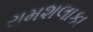
રામશલાકા